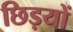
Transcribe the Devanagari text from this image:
छिड़यों